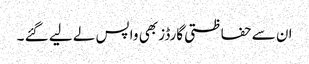
ان سے حفاظتی گارڈز بھی واپس لے لیے گئے ۔